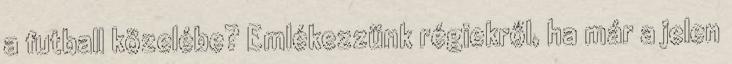
a futball közelébe? Emlékezzünk régiekről, ha már a jelen